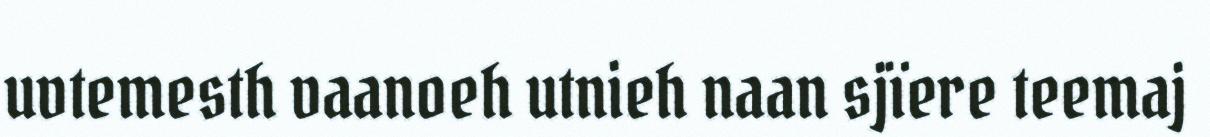
uvtemesth vaanoeh utnieh naan sjïere teemaj